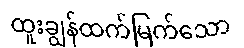
ထူးချွန်ထက်မြက်သော